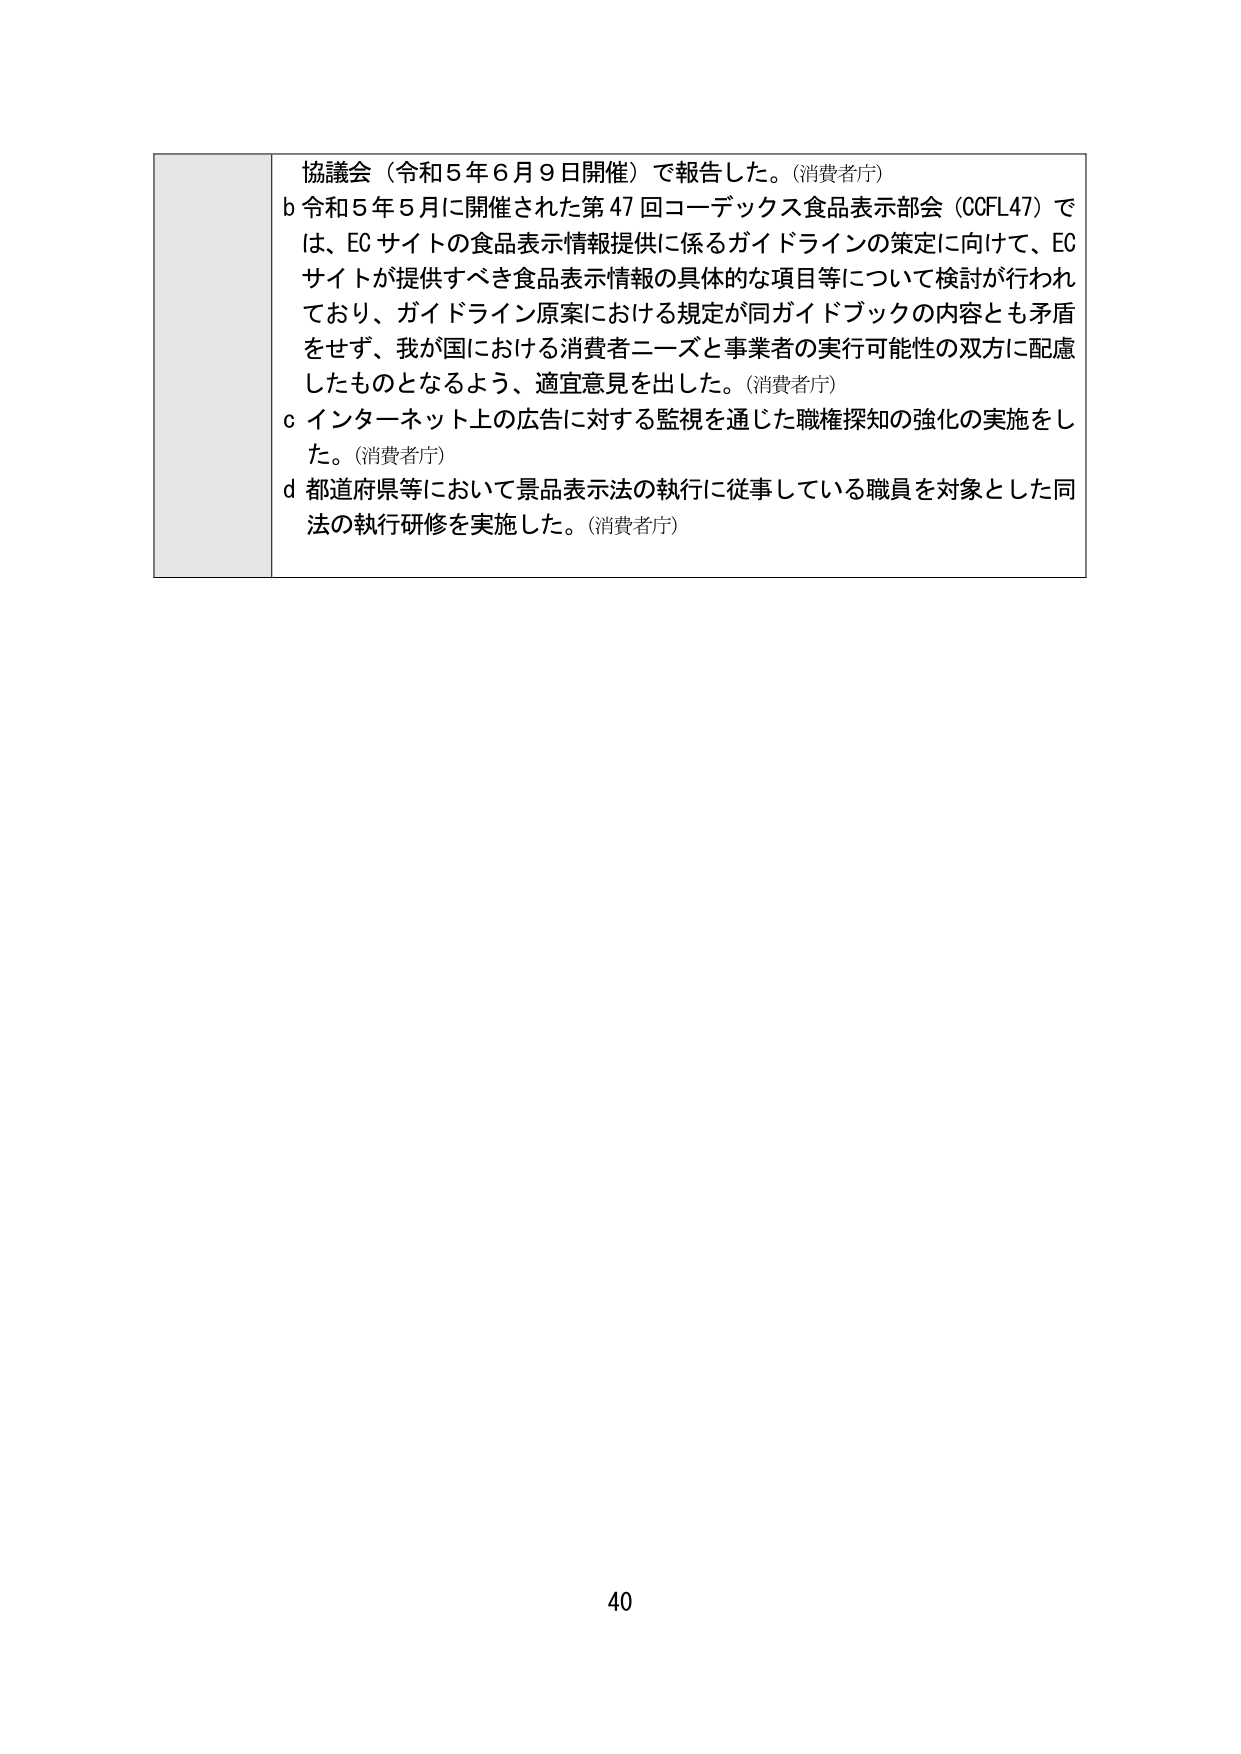
協議会（令和５年６月９日開催）で報告した。(消費者庁)
b 令和５年５月に開催された第47回コーデックス食品表示部会（CCFL47）では、ECサイトの食品表示情報提供に係るガイドラインの策定に向けて、ECサイトが提供すべき食品表示情報の具体的な項目等について検討が行われており、ガイドライン原案における規定が同ガイドブックの内容とも矛盾をせず、我が国における消費者ニーズと事業者の実行可能性の双方に配慮したものとなるよう、適宜意見を出した。(消費者庁)
c インターネット上の広告に対する監視を通じた職権探知の強化の実施をした。(消費者庁)
d 都道府県等において景品表示法の執行に従事している職員を対象とした同法の執行研修を実施した。(消費者庁)
40